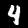
Digit: 4